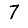
Digit: 7